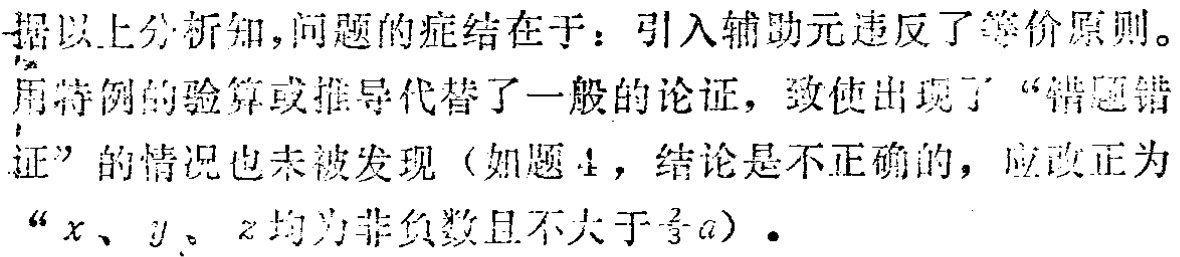
据以上分析知,问题的症结在于：引入辅助元违反了等价原则。用特例的验算或推导代替了一般的论证, 致使出现了“错题错证”的情况也未被发现（如题4，结论是不正确的，应改正为“\(x、y、z\)均为非负数且不大于\(\frac{2}{3}a\)” ）。